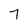
Character: 7